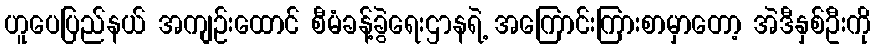
ဟူပေပြည်နယ် အကျဉ်းထောင် စီမံခန့်ခွဲရေးဌာနရဲ့ အကြောင်းကြားစာမှာတော့ အဲဒီနှစ်ဦးကို